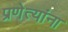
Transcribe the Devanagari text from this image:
प्रणेत्यांना